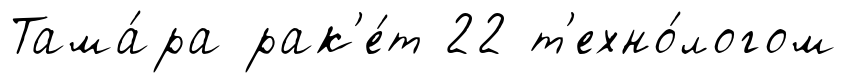
Тама́ра рак'е́т 22 т'ехно́логом